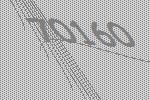
70160